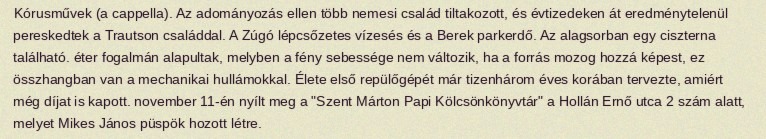
Kórusművek (a cappella). Az adományozás ellen több nemesi család tiltakozott, és évtizedeken át eredménytelenül pereskedtek a Trautson családdal. A Zúgó lépcsőzetes vízesés és a Berek parkerdő. Az alagsorban egy ciszterna található. éter fogalmán alapultak, melyben a fény sebessége nem változik, ha a forrás mozog hozzá képest, ez összhangban van a mechanikai hullámokkal. Élete első repülőgépét már tizenhárom éves korában tervezte, amiért még díjat is kapott. november 11-én nyílt meg a "Szent Márton Papi Kölcsönkönyvtár" a Hollán Ernő utca 2 szám alatt, melyet Mikes János püspök hozott létre.